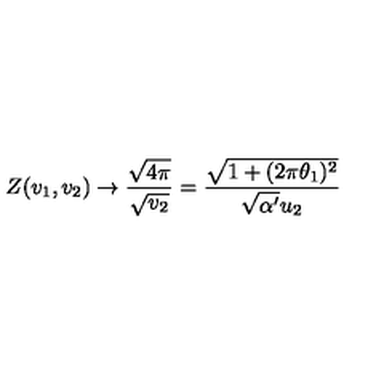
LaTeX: Z ( v _ { 1 } , v _ { 2 } ) \rightarrow \frac { \sqrt { 4 \pi } } { \sqrt { v _ { 2 } } } = \frac { \sqrt { 1 + ( 2 \pi \theta _ { 1 } ) ^ { 2 } } } { \sqrt { \alpha ^ { \prime } } u _ { 2 } }